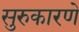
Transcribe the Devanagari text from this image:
सुरुकारणे